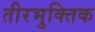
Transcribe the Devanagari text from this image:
तीरभुक्‍तिक